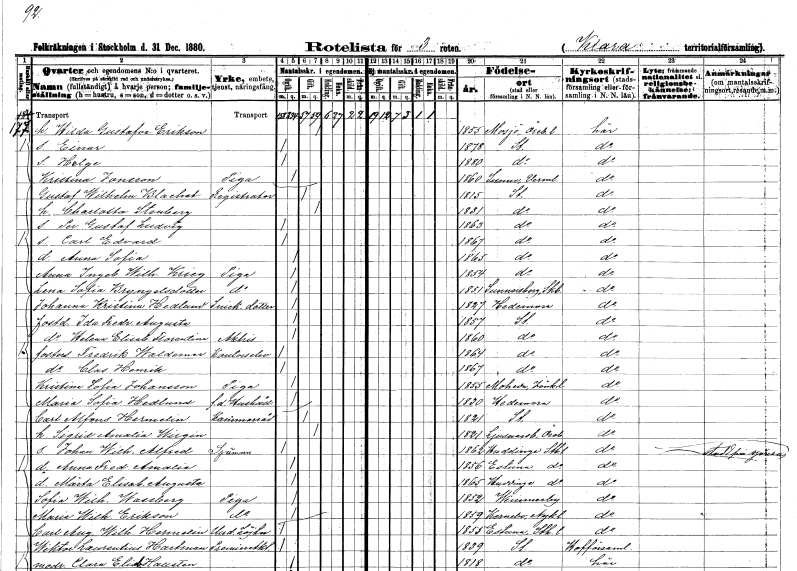
gt_parse: households: individuals: FN: Hilda Gustafva
EN: Erikson
KON: K
CIV: G
FODAR: 1855
FODFORS: Mosjö Örebro län
FN: Einar
KON: M
CIV: O
FODAR: 1878
FODFORS: Stockholm
FN: Helge
KON: M
CIV: O
FODAR: 1880
FODFORS: Stockholm
FN: Kristina
EN: Jonsson
YRKE: Piga
KON: K
CIV: O
FODAR: 1860
FODFORS: Sunne Värmlands län
FN: Gustaf Wilhelm
EN: Blachet
YRKE: Registrator
KON: M
CIV: G
FODAR: 1815
FODFORS: Stockholm
FN: Charlotta
EN: Stenberg
KON: K
CIV: G
FODAR: 1831
FODFORS: Stockholm
FN: Per Gustaf Ludvig
KON: M
CIV: O
FODAR: 1863
FODFORS: Stockholm
FN: Carl Edvard
KON: M
CIV: O
FODAR: 1867
FODFORS: Stockholm
FN: Anna Sofia
KON: K
CIV: O
FODAR: 1865
FODFORS: Stockholm
FN: Anna Ingeborg Wilhelmina
EN: Krieg
YRKE: Piga
KON: K
CIV: O
FODAR: 1854
FODFORS: Stockholm
FN: Lena Sofia
EN: Bryngelsdotter
YRKE: Piga
KON: K
CIV: O
FODAR: 1851
FODFORS: Sunnersberg Skaraborgs län
FN: Johanna Kristina
EN: Hedlund
YRKE: Snickaredotter
KON: K
CIV: O
FODAR: 1827
FODFORS: Hedemora Kopparbergs län
FN: Ida Fredrika Augusta
KON: K
CIV: O
FODAR: 1857
FODFORS: Stockholm
FN: Helena Elisabet Florentina
YRKE: Aktris
KON: K
CIV: O
FODAR: 1860
FODFORS: Stockholm
FN: Fredrik Waldemar
YRKE: Kontorselev
KON: M
CIV: O
FODAR: 1864
FODFORS: Stockholm
FN: Clas Henrik
KON: M
CIV: O
FODAR: 1867
FODFORS: Stockholm
FN: Kristina Sofia
EN: Johansson
YRKE: Piga
KON: K
CIV: O
FODAR: 1855
FODFORS: Moheda Kronobergs län
FN: Maria Sofia
EN: Hedlund
YRKE: Hushållerska f.d.
KON: K
CIV: O
FODAR: 1830
FODFORS: Hedemora Kopparbergs län
FN: Carl Alfons
EN: Hermelin
YRKE: Kammarråd
KON: M
CIV: G
FODAR: 1821
FODFORS: Stockholm
FN: Sigrid Amalia
EN: Wirgin
KON: K
CIV: G
FODAR: 1821
FODFORS: Ljusnarsberg Örebro län
FN: Johan Wilhelm Alfred
YRKE: Sjöman
KON: M
CIV: O
FODAR: 1862
FODFORS: Huddinge Stockholms län
FN: Anna Fredrika Amalia
KON: K
CIV: O
FODAR: 1856
FODFORS: Estuna Stockholms län
FN: Märta Elisabet Augusta
KON: K
CIV: O
FODAR: 1865
FODFORS: Huddinge Stockholms län
FN: Sofia Wilhelmina
EN: Wassberg
YRKE: Piga
KON: K
CIV: O
FODAR: 1852
FODFORS: Vimmerby Kalmar län
FN: Maria Wilhelmina
EN: Erikson
YRKE: Piga
KON: K
CIV: O
FODAR: 1859
FODFORS: Kärnbo Södermanlands län
FN: Carl August Wilhelm
EN: Hermelin
YRKE: Underlöjtnant
KON: M
CIV: O
FODAR: 1855
FODFORS: Estuna Stockholms län
FN: Wiktor Laurentius
EN: Hartman
YRKE: Premieraktör
KON: M
CIV: O
FODAR: 1839
FODFORS: Stockholm
FN: Clara Elisabet
EN: Hallsten
KON: K
CIV: O
FODAR: 1818
FODFORS: Stockholm